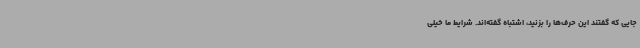
جایی که گفتند این حرف‌ها را بزنید، اشتباه گفته‌اند. شرایط ما خیلی